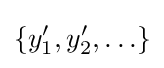
\left\{y_{1}^{\prime },y_{2}^{\prime },\ldots \right\}